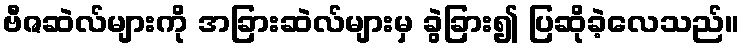
ဗီဇဆဲလ်များကို အခြားဆဲလ်များမှ ခွဲခြား၍ ပြဆိုခဲ့လေသည်။